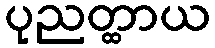
ပုညတ္ထာယ